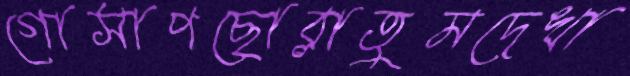
গোসাপছোব্‌লাতুমদেখা